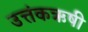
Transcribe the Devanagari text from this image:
उत्तंकऋषी